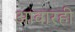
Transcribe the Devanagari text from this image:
आवारही